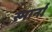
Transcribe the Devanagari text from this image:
स्मार्ना